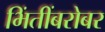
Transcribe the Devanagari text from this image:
भिंतींबरोबर